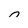
Character: n